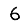
Digit: 6